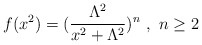
\begin{align*}f(x^{2})=(\frac{\Lambda^{2}}{x^{2}+\Lambda^{2}})^{n}\ ,\ n\geq2\end{align*}